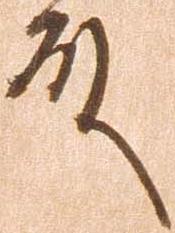
殿